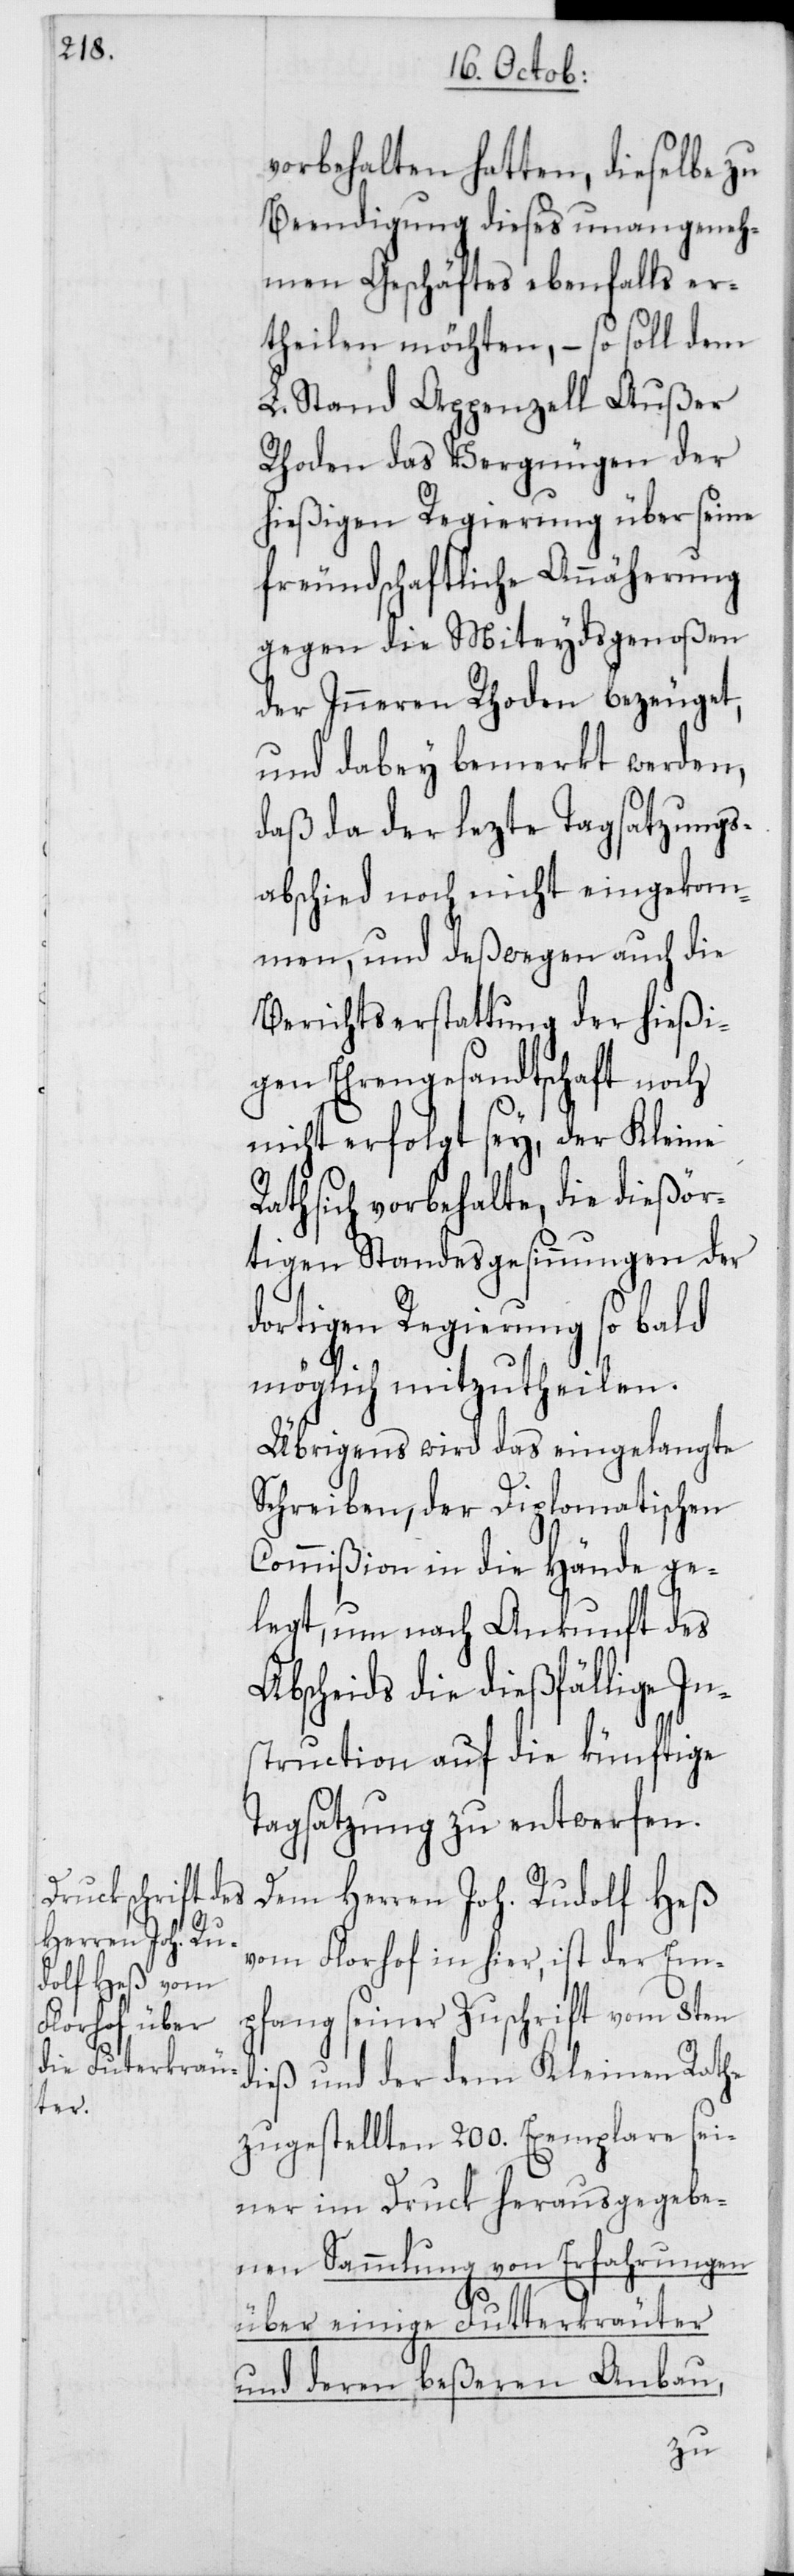
vorbehalten hatten, dieselbe zu
Beendigung dieses unangeneh¬
men Geschäftes ebenfalls er¬
theilen möchten, – so soll dem
L. Stand Appenzell Außer
Rhoden das Vergnügen der
hießigen Regierung über seine
freundschaftliche Annäherung
gegen die Miteydsgenoßen
der Inneren Rhoden bezeuget,
und dabey bemerkt werden,
daß da der lezte Tagsatzungs¬
abschied noch nicht eingekom¬
men, und deßwegen auch die
Berichtserstattung der hießi¬
gen Ehrengesandtschaft noch
nicht erfolgt sey, der Kleine
Rath sich vorbehalte, die dießör¬
tigen Standesgesinnungen der
dortigen Regierung so bald
möglich mitzutheilen.
Übrigens wird das eingelangte
Schreiben, der Diplomatischen
Commißion in die Hände ge¬
legt, um nach Ankunft des
Abscheids die dießfällige In¬
struction auf die künftige
Tagsatzung zu entwerfen.
Dem Herren Joh. Rudolf Heß
vom Florhof in hier, ist der Em¬
pfang seiner Zuschrift vom 8ten
dieß und der dem Kleinen Rathe
zugestellten 200. Exemplare sei¬
ner im Druck herausgegebe¬
nen Sammlung von Erfahrungen
über einige Futterkräuter
und deren beßeren Anbau,